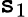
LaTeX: \mathtt{s}_{1}